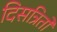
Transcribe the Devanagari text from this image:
दिसत्रितो